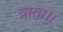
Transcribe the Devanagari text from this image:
त्राता।।